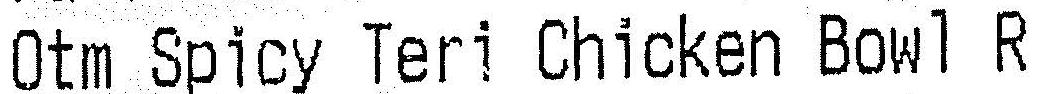
OTM SPICY TERI CHICKEN BOWL R